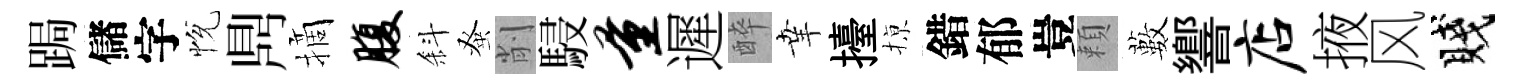
跼儲字恱𪔂摘腹斜𫊫削駸量遲醉𦍒擡𢱊錯郁豈頼藪響店掖风賤